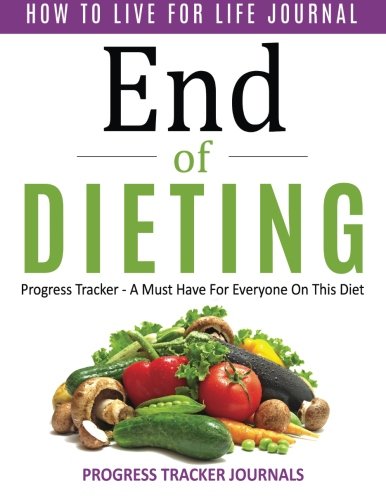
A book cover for End of Dieting How to Live for Life Journal: Progress Tracker- A Must Have For Everyone On This Diet; Progress Tracker Journals; Health, Fitness & Dieting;